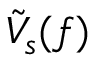
\tilde { V } _ { s } ( f )